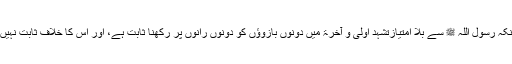
حالانکہ رسول اللہ ﷺ سے بلا امتیازتشہد اولیٰ و آخرۃ میں دونوں بازوؤں کو دونوں رانوں پر رکھنا ثابت ہے، اور اس کا خلاف ثابت نہیں ہے۔